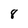
Character: 8